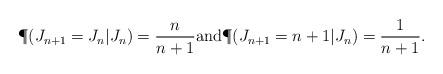
LaTeX: \begin{align*} \P(J_{n+1}=J_{n}|J_{n})=\frac{n}{n+1} \mbox{and} \P(J_{n+1}=n+1|J_{n})=\frac{1}{n+1}.\end{align*}